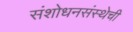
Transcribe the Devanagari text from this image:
संशोधनसंस्थेची